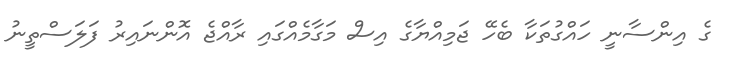
ގެ އިންސާނީ ހައްގުތަކާ ބެހޭ ޖަމިއްޔާގެ އިސް މަގާމެއްގައި ރާއްޖެ އޮންނައިރު ފަލަސްތީނު